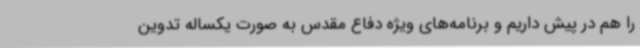
را هم در پیش داریم و برنامه‌های ویژه دفاع مقدس به صورت یکساله تدوین